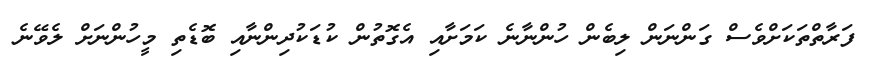
ފަރާތްތަކަށްވެސް ގަންނަން ލިބެން ހުންނާނެ ކަމަށާއި އެގޮތުން ކުޑަކުދިންނާއި ބޮޑެތި މީހުންނަށް ލެވޭނެ